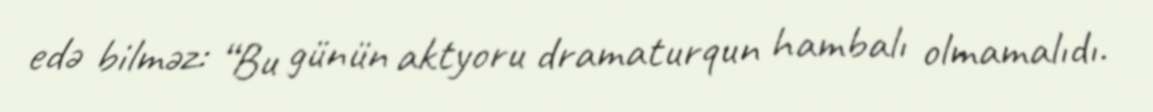
edə bilməz: “Bu günün aktyoru dramaturqun hambalı olmamalıdı.